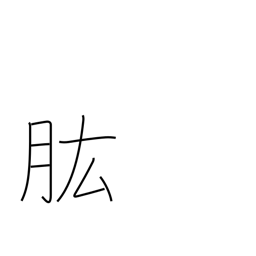
Meaning: ability